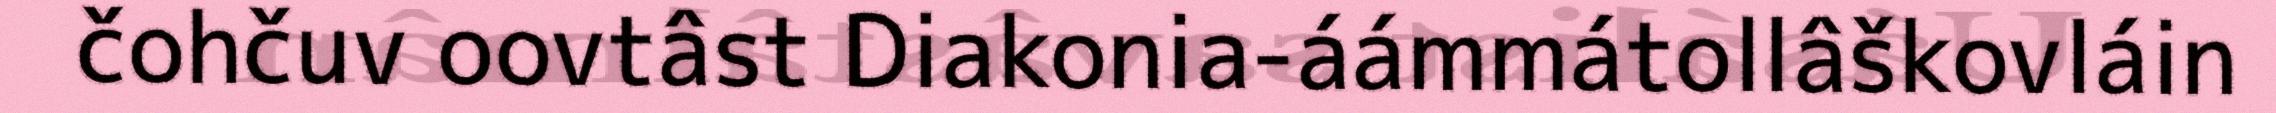
čohčuv oovtâst Diakonia-áámmátollâškovláin